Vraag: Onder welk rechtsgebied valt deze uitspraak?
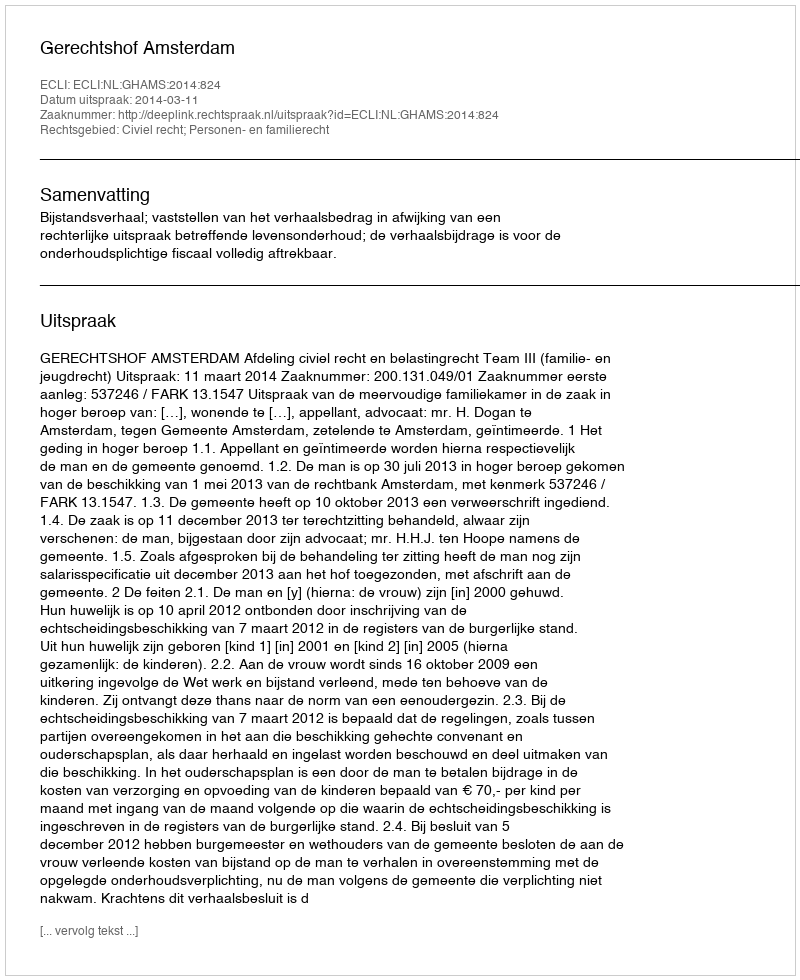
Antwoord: Civiel recht; Personen- en familierecht